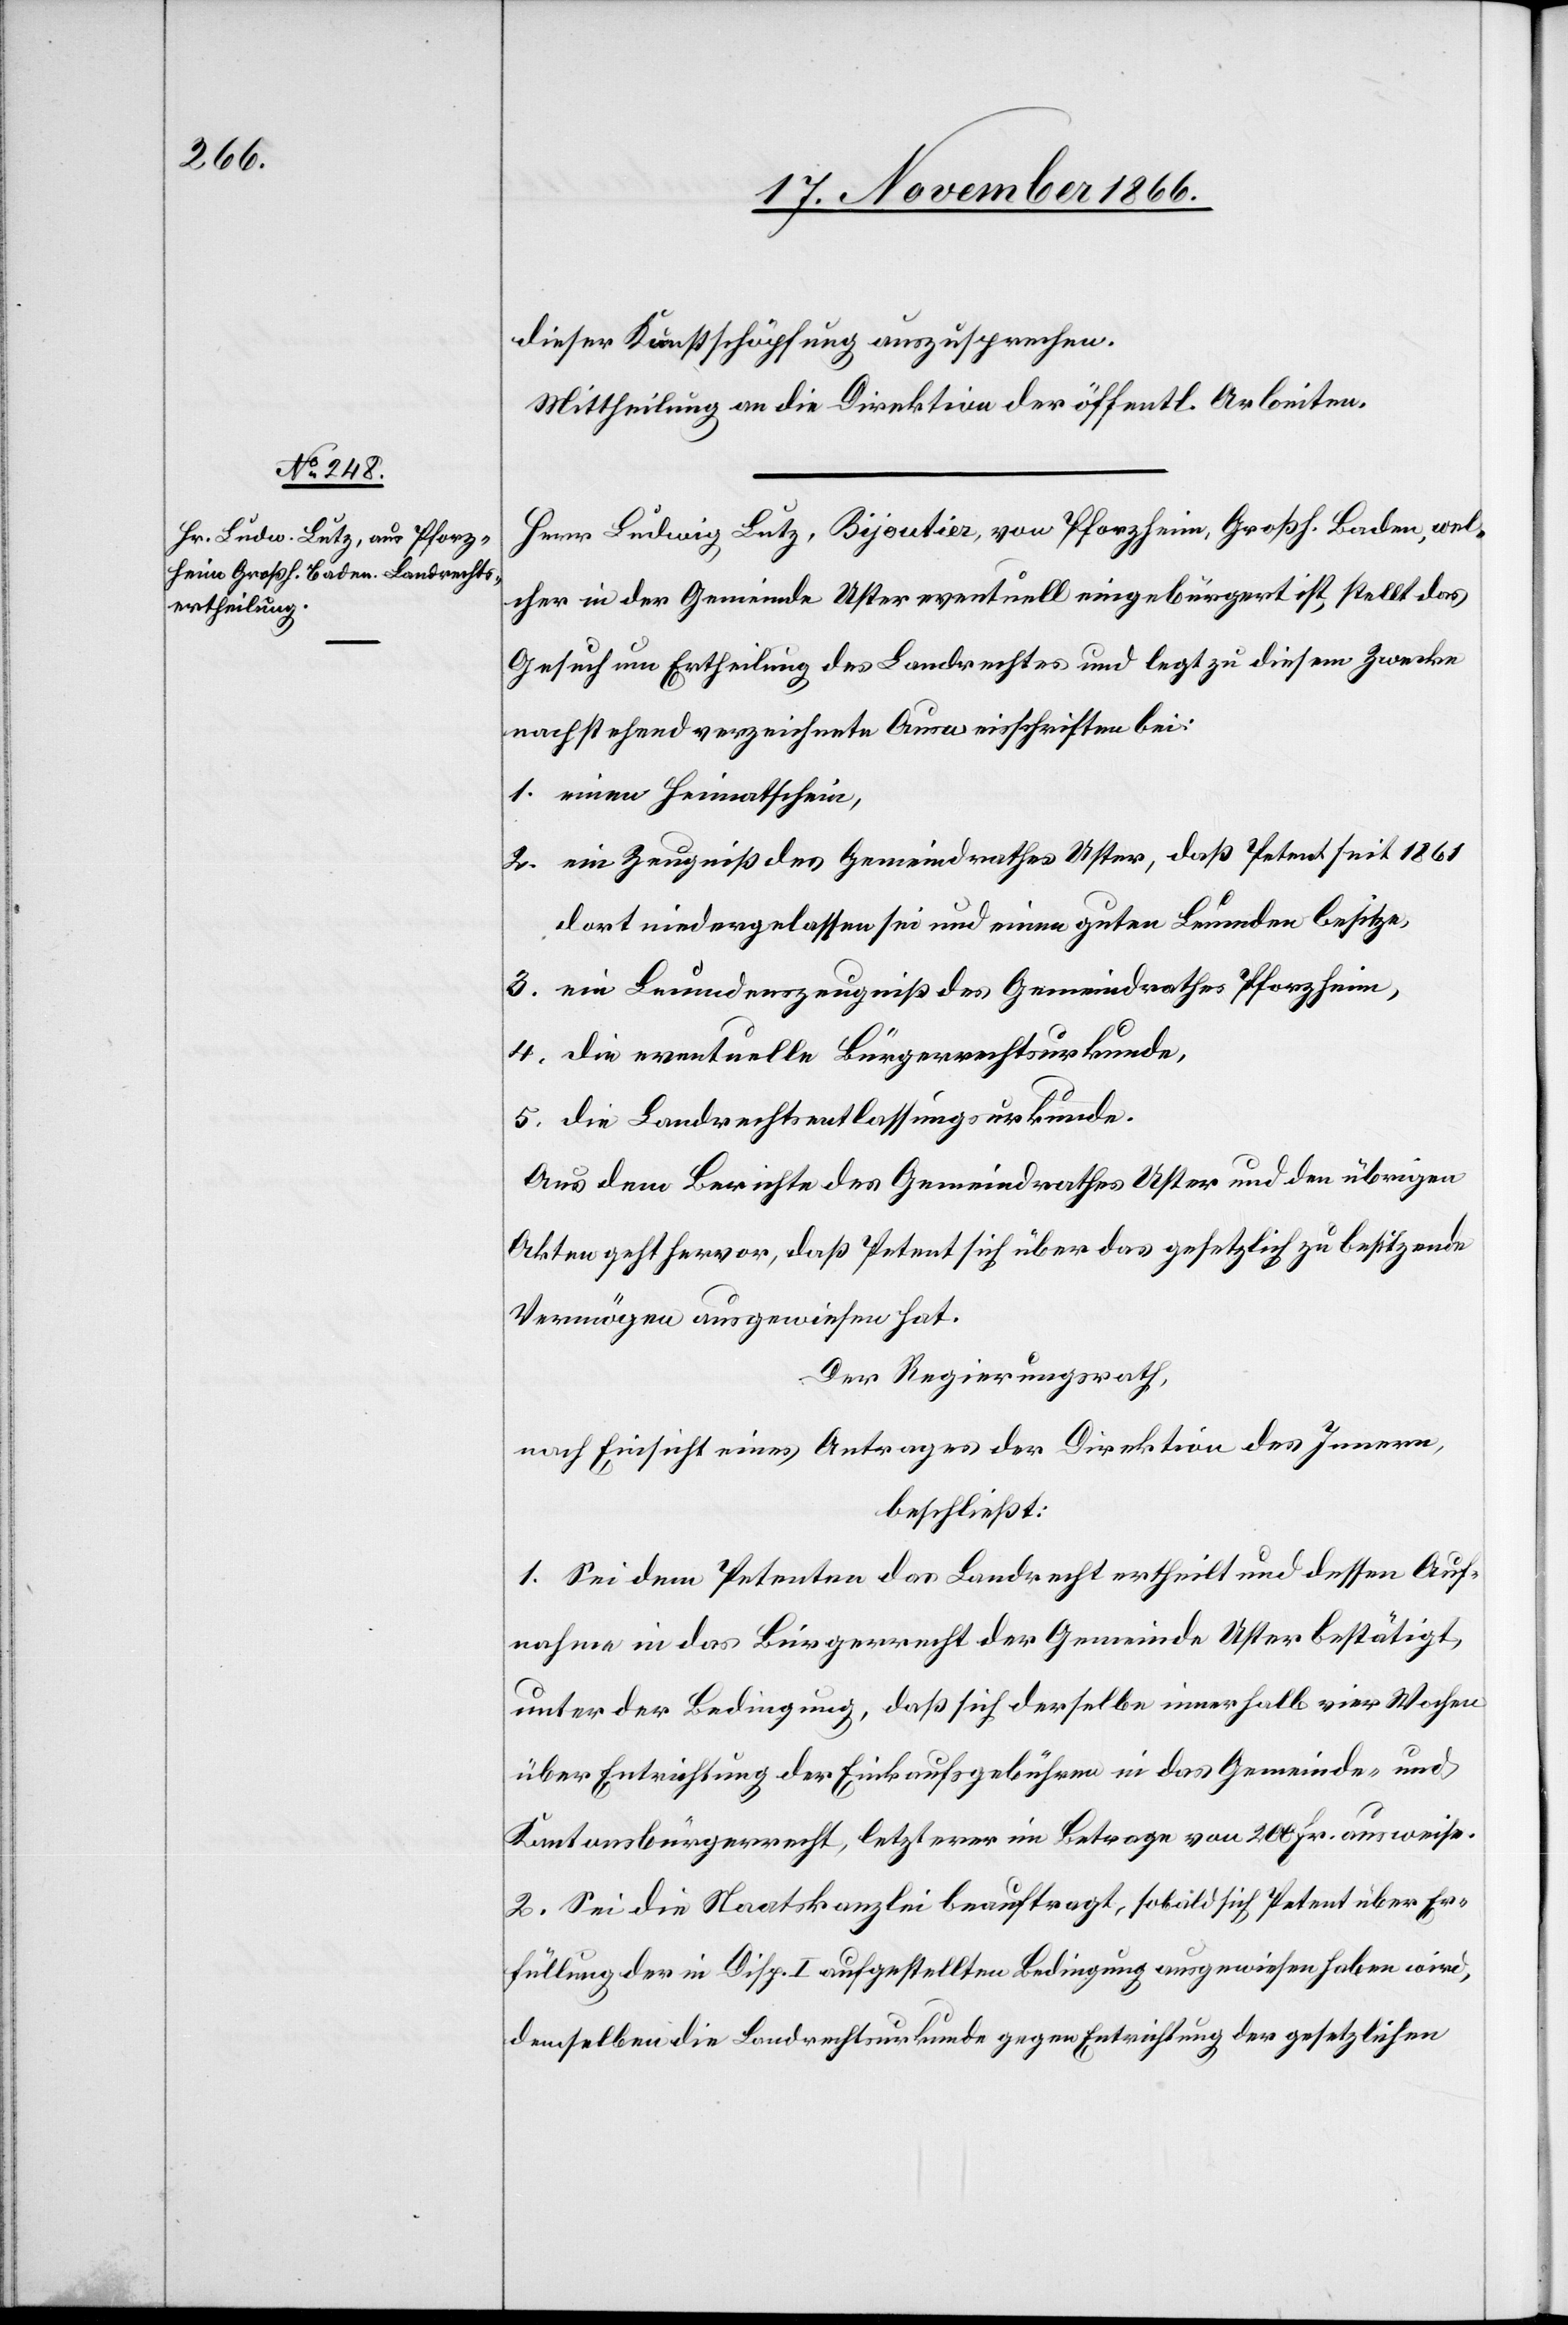
dieser Kunstschöpfung auszusprechen.
Mittheilung an die Direktion der öffentl. Arbeiten.
Herr Ludwig Lutz, Bijoutier, von Pforzheim, Großh. Baden, wel¬
cher in der Gemeinde Uster eventuell eingebürgert ist, stellt das
Gesuch um Ertheilung das Landrechtes und legt zu diesem Zwecke
nachstehend verzeichnete Ausweisschriften bei:
1. einen Heimatschein,
2. ein Zeugniß des Gemeindrathes Uster, daß Petent seit 1861
dort niedergelassen sei und einen guten Leumden besitze,
3. ein Leumdenszeugniß des Gemeindrathes Pforzheim,
4. die eventuelle Bürgerrechtsurkunde,
5. die Landrechtsentlassungsurkunde.
Aus dem Berichte des Gemeindrathes Uster und den übrigen
Akten geht hervor, daß Petent sich über das gesetzlich zu besitzende
Vermögen ausgewiesen hat.
Der Regierungsrath,
nach Einsicht eines Antrages der Direktion des Innern,
beschließt:
1. Sei dem Petenten das Landrecht ertheilt und dessen Auf¬
nahme in das Bürgerrecht der Gemeinde Uster bestätigt,
unter der Bedingung, daß sich derselbe innerhalb vier Wochen
über Entrichtung der Einkaufsgebühren in das Gemeinde- und
Kantonsbürgerrecht, letzterer im Betrage von 200 Fr. ausweise.
2. Sei die Staatskanzlei beauftragt, sobald sich Petent über Er¬
füllung der in Disp. I aufgestellten Bedingung ausgewiesen haben wird,
demselben die Landrechtsurkunde gegen Entrichtung der gesetzlichen